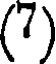
(7)